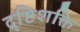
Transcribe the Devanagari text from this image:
दृष्टिशक्ति